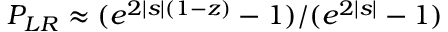
{ \cal P } _ { L R } \approx ( e ^ { 2 | s | ( 1 - z ) } - 1 ) / ( e ^ { 2 | s | } - 1 )